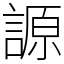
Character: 謜